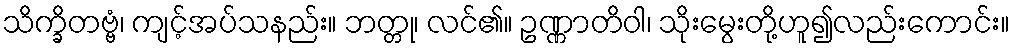
သိက္ခိတဗ္ဗံ၊ ကျင့်အပ်သနည်း။ ဘတ္တု၊ လင်၏။ ဥဏ္ဏာတိဝါ၊ သိုးမွေးတို့ဟူ၍လည်းကောင်း။